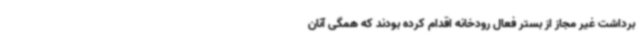
برداشت غیر مجاز از بستر فعال رودخانه اقدام کرده بودند که همگی آنان